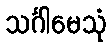
သင်္ဂါမေသုံ